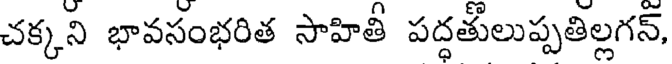
చక్కని భావసంభరిత సాహితీ పద్దతులుప్పతిల్లగన్,